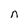
Character: n